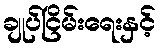
ချုပ်ငြိမ်းရေးနှင့်